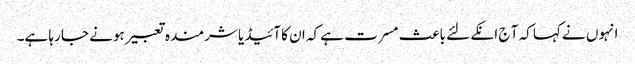
انہوں نے کہا کہ آ ج انکے لئے باعث مسرت ہے کہ ان کا آئیڈیا شرمندہ تعبیر ہونے جا رہا ہے۔